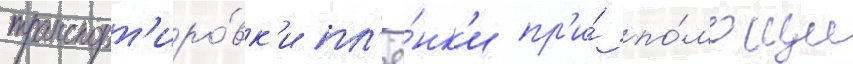
транспорт'иро́вк'и пл'ё́нк'и пр'и́ по́мощи